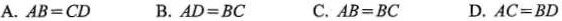
A.$$A B = C D$$ B.$$A D = B C$$ C.$$A B = B C$$ D.$$A C = B D$$